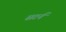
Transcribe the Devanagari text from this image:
सटर्न